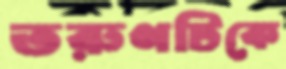
তরুণটিকে